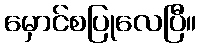
မှောင်စပြုလေပြီ။